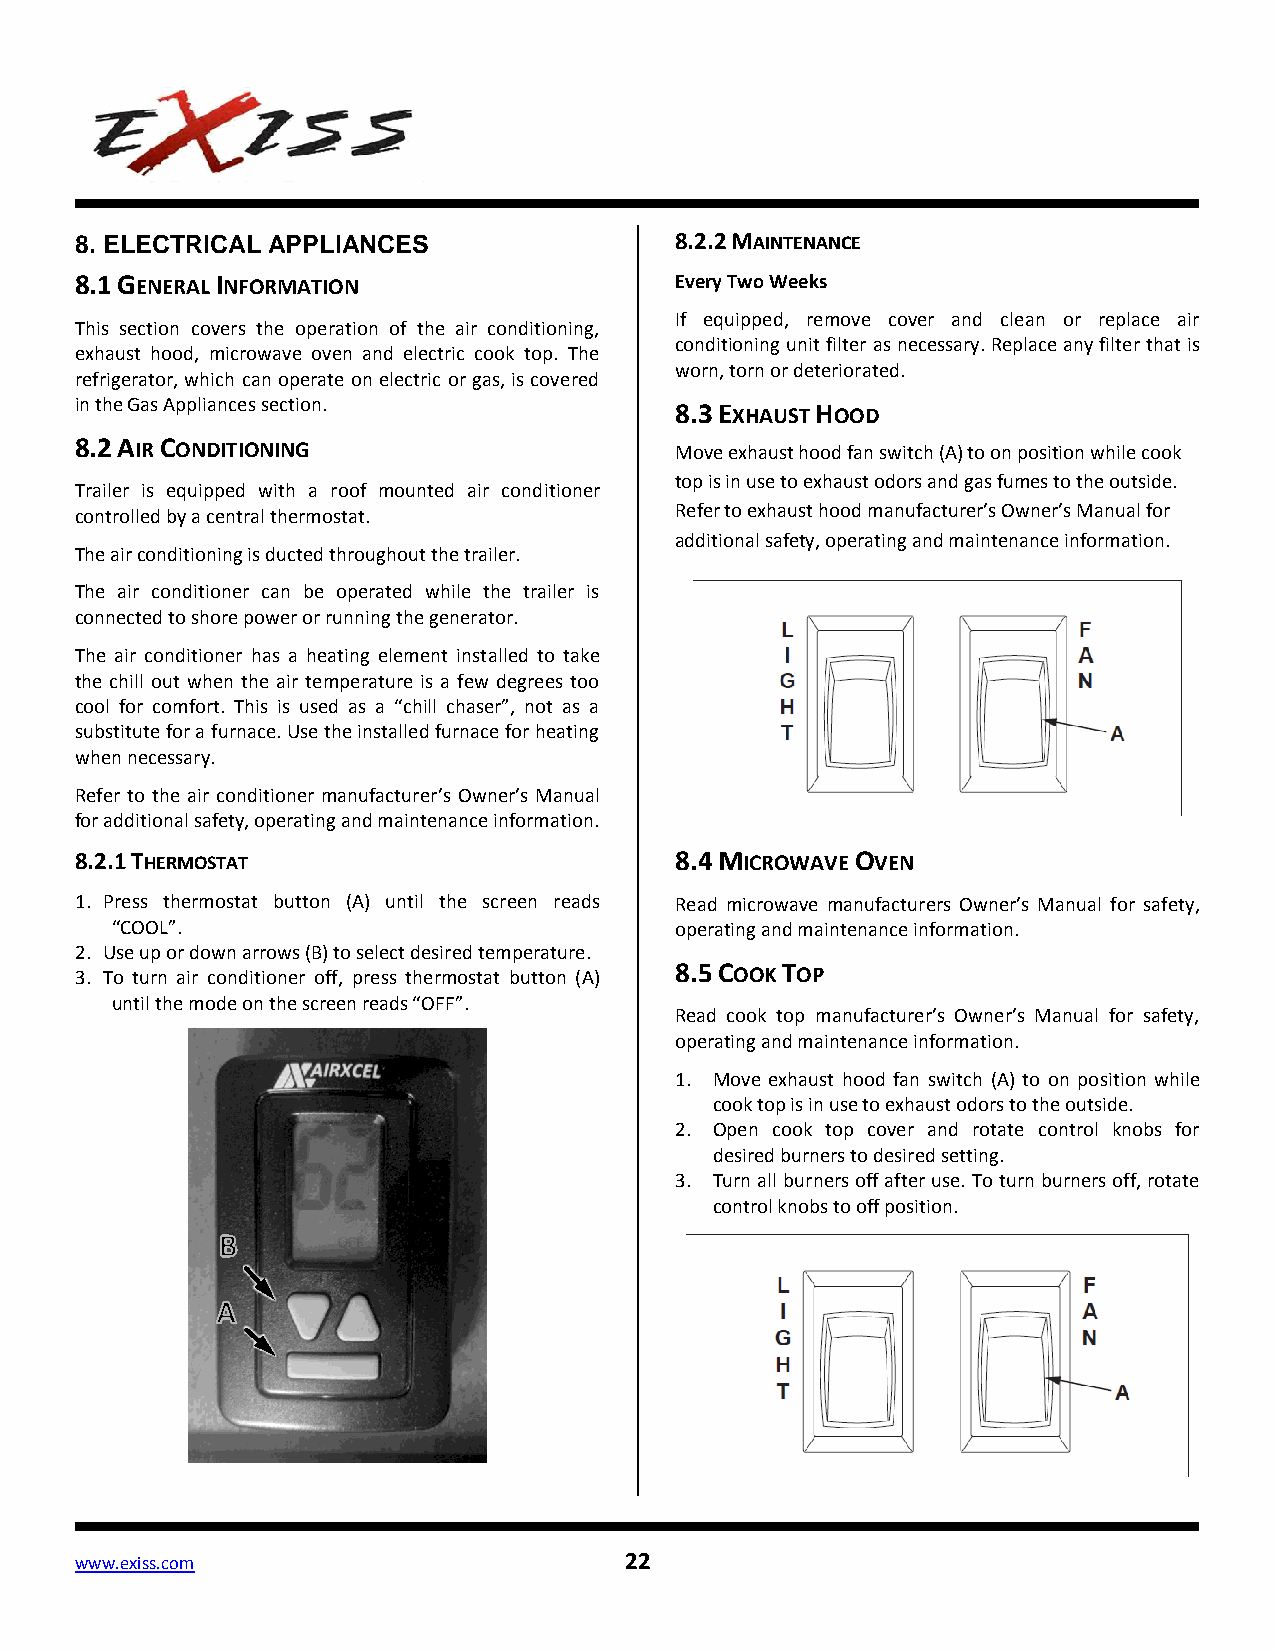
8. ELECTRICAL APPLIANCES                8.2.2 MAINTENANCE
 8.1 GENERAL INFORMATION                 Every Two Weeks
 If equipped, remove cover and clean or replace air
 This section covers the operation of the air conditioning,
 conditioning unit filter as necessary. Replace any filter that is
 exhaust hood, microwave oven and electric cook top. The
 worn, torn or deteriorated.
 refrigerator, which can operate on electric or gas, is covered
 in the Gas Appliances section.          8.3 EXHAUST HOOD
 8.2 AIR CONDITIONING
 Move exhaust hood fan switch (A) to on position while cook
 top is in use to exhaust odors and gas fumes to the outside.
 Trailer is equipped with a roof mounted air conditioner
 controlled by a central thermostat.     Refer to exhaust hood manufacturer’s Owner’s Manual for
 additional safety, operating and maintenance information.
 The air conditioning is ducted throughout the trailer.
 The air conditioner can be operated while the trailer is
 connected to shore power or running the generator.
 The air conditioner has a heating element installed to take
 the chill out when the air temperature is a few degrees too
 cool for comfort. This is used as a “chill chaser”, not as a
 substitute for a furnace. Use the installed furnace for heating
 when necessary.
 Refer to the air conditioner manufacturer’s Owner’s Manual
 for additional safety, operating and maintenance information.
 8.2.1 THERMOSTAT                        8.4 MICROWAVE OVEN
 1. Press thermostat button (A) until the screen reads Read microwave manufacturers Owner’s Manual for safety,
 “COOL”.                               operating and maintenance information.
 2. Use up or down arrows (B) to select desired temperature.
 3. To turn air conditioner off, press thermostat button (A)
 8.5 COOK TOP
 until the mode on the screen reads “OFF”.
 Read cook top manufacturer’s Owner’s Manual for safety,
 operating and maintenance information.
 1. Move exhaust hood fan switch (A) to on position while
 cook top is in use to exhaust odors to the outside.
 2. Open cook top cover and rotate control knobs for
 desired burners to desired setting.
 3. Turn all burners off after use. To turn burners off, rotate
 control knobs to off position.
 www.exiss.com                       22